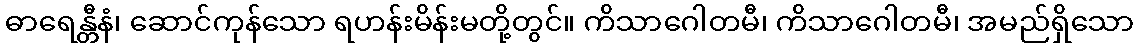
ဓာရေန္တီနံ၊ ဆောင်ကုန်သော ရဟန်းမိန်းမတို့တွင်။ ကိသာဂေါတမီ၊ ကိသာဂေါတမီ၊ အမည်ရှိသော